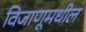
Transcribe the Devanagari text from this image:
विजाणूमधील